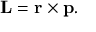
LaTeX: \mathbf { L } = \mathbf { r } \times \mathbf { p } . \,